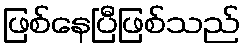
ဖြစ်နေပြီဖြစ်သည်